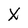
Character: X